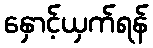
နှောင့်ယှက်ရန်